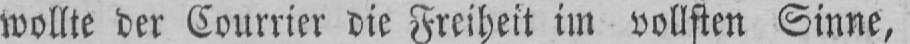
wollte der Courrier die Freiheit im vollsten Sinne,